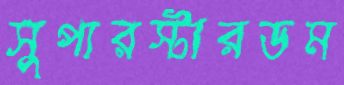
সুপারস্টারডম